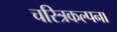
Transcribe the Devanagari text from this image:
चरित्रकल्पना